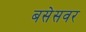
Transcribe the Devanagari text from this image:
बसेसवर